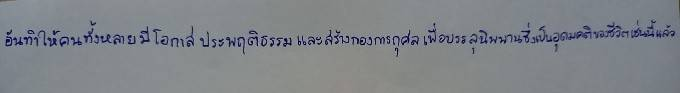
อันทำให้คนทั้งหลายมีโอกาสประพฤติธรรมและสร้างกองการกุศลเพื่อบรรลุนิพพานซึ่งเป็นอุดมคติของชีวิตเช่นนี้แล้ว